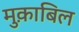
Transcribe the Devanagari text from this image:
मुक़ाबिल